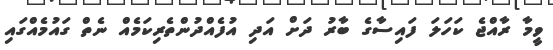
ވީމާ ރާއްޖެ ކަހަލަ ފައިސާގެ ބާރު ދަށް އަދި އުފެއްދުންތެރިކަމެއް ނެތް ގައުމެއްގައި